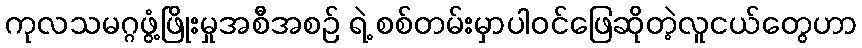
ကုလသမဂ္ဂဖွံ့ဖြိုးမှုအစီအစဉ် ရဲ့ စစ်တမ်းမှာပါဝင်ဖြေဆိုတဲ့လူငယ်တွေဟာ